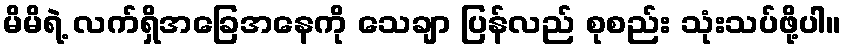
မိမိရဲ့ လက်ရှိအခြေအနေကို သေချာ ပြန်လည် စုစည်း သုံးသပ်ဖို့ပါ။